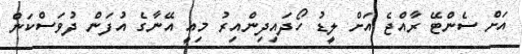
އަށް ސެންޓޭ ރާއްޖެ އަށް ލީޑު ހޯދައިދިންއިރު މިއީ އޭނާގެ އުފަން ދުވަސްކަން